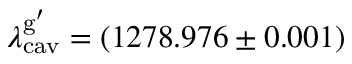
\lambda _ { \mathrm { c a v } } ^ { \mathrm { g } ^ { \prime } } = ( 1 2 7 8 . 9 7 6 \pm 0 . 0 0 1 )